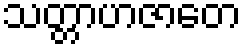
သတ္တာဟဇာတေ